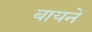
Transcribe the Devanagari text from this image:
बायने